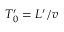
T _ { 0 } ^ { \prime } = L ^ { \prime } / v